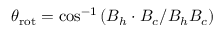
\theta _ { \mathrm { r o t } } = \cos ^ { - 1 } { ( \boldsymbol { B } _ { h } \cdot \boldsymbol { B } _ { c } / B _ { h } B _ { c } ) }